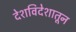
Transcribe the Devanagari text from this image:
देशविदेशातून